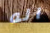
اله